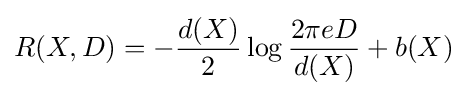
R(X,D)=-{\frac {d(X)}{2}}\log {\frac {2\pi eD}{d(X)}}+b(X)